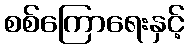
စစ်ကြောရေးနှင့်